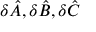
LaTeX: \delta { \hat { A } } { , } \, \delta { \hat { B } } { , } \, \delta { \hat { C } }